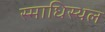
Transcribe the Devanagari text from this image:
स्माधिस्थल